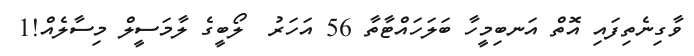
ވާގިނެތިފައި އޮތް އަނބިމީހާ ބަލަހައްޓާތާ 56 އަހަރު  ލޯބީގެ ލާމަސީލް މިސާލެއް!1